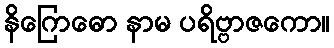
နိဂြောဓော နာမ ပရိဗ္ဗာဇကော။